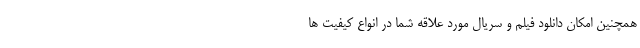
همچنین امکان دانلود فیلم و سریال مورد علاقه شما در انواع کیفیت ها